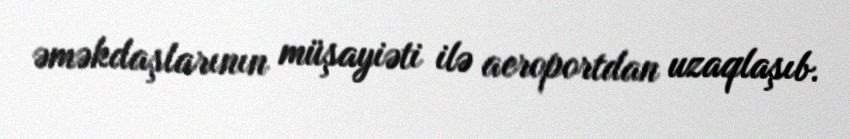
əməkdaşlarının müşayiəti ilə aeroportdan uzaqlaşıb.